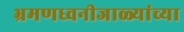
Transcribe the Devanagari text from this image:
भ्रमणध्वनीजाळ्यांच्या